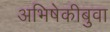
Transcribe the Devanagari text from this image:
अभिषेकीबुवा